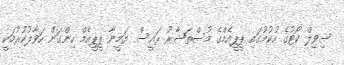
ސިވިލް ކޯޓުގެ ހުކުމުގައި ޕީޕީއެމްގެ މުސްތަޝާރު ރައީސް ޔަމީނާ ޕީޕީއެމް ހިންގަން ހަވާލުކުރުމަކީ